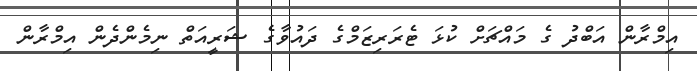
އިމްރާން އަބްދު ގެ މައްޗަށް ކުޅަ ޓެރަރިޒަމްގެ ދައުވާގެ ޝަރީއަތް ނިމެންދެން އިމްރާން